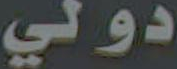
دولي